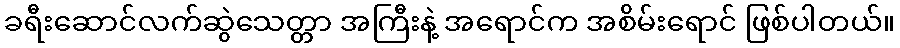
ခရီးဆောင်လက်ဆွဲသေတ္တာ အကြီးနဲ့ အရောင်က အစိမ်းရောင် ဖြစ်ပါတယ်။